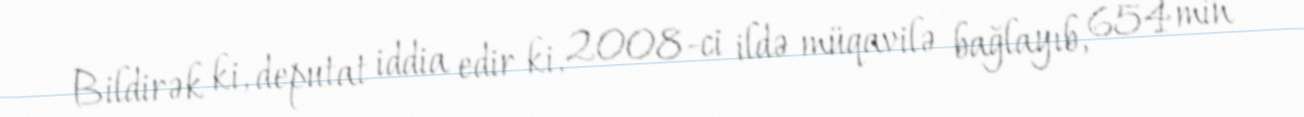
Bildirək ki, deputat iddia edir ki, 2008-ci ildə müqavilə bağlayıb, 654 min